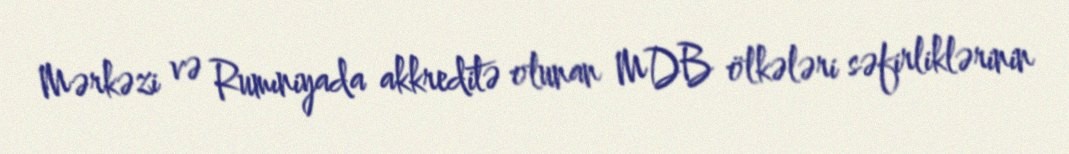
Mərkəzi və Rumıniyada akkreditə olunan MDB ölkələri səfirliklərinin